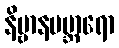
နိဗ္ဗာနပဗ္ဘာရော